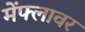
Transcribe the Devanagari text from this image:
मेंफ्लावर